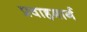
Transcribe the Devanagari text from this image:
प्रवाहमार्ग